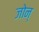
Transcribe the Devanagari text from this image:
जोन्